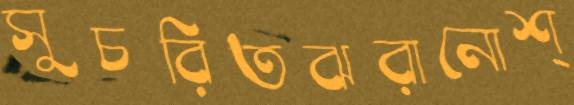
সুচরিতঝরানোশ্